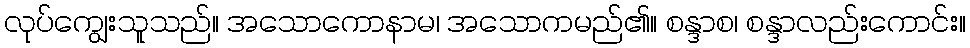
လုပ်ကျွေးသူသည်။ အသောကောနာမ၊ အသောကမည်၏။ စန္ဒာစ၊ စန္ဒာလည်းကောင်း။